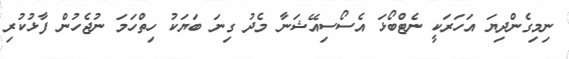
ނިމިގެންދިޔަ އަހަރަކީ ނެޓްބޯޅަ އެސޯސިއޭޝަނާ މެދު ގިނަ ބަޔަކު ހިތްހަމަ ނުޖެހުން ފާޅުކުރި